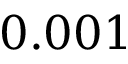
0 . 0 0 1